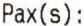
PAX(S) :